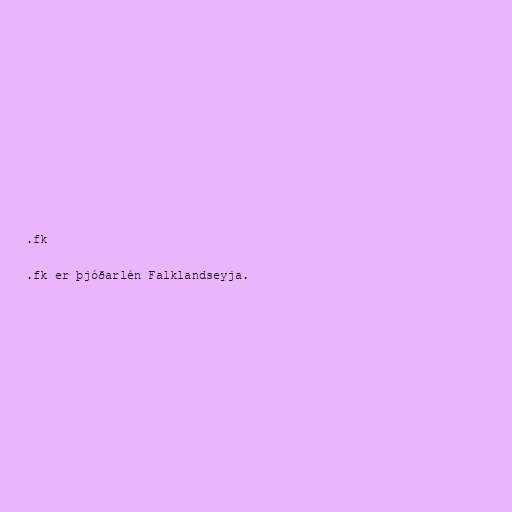
.fk

.fk er þjóðarlén Falklandseyja.